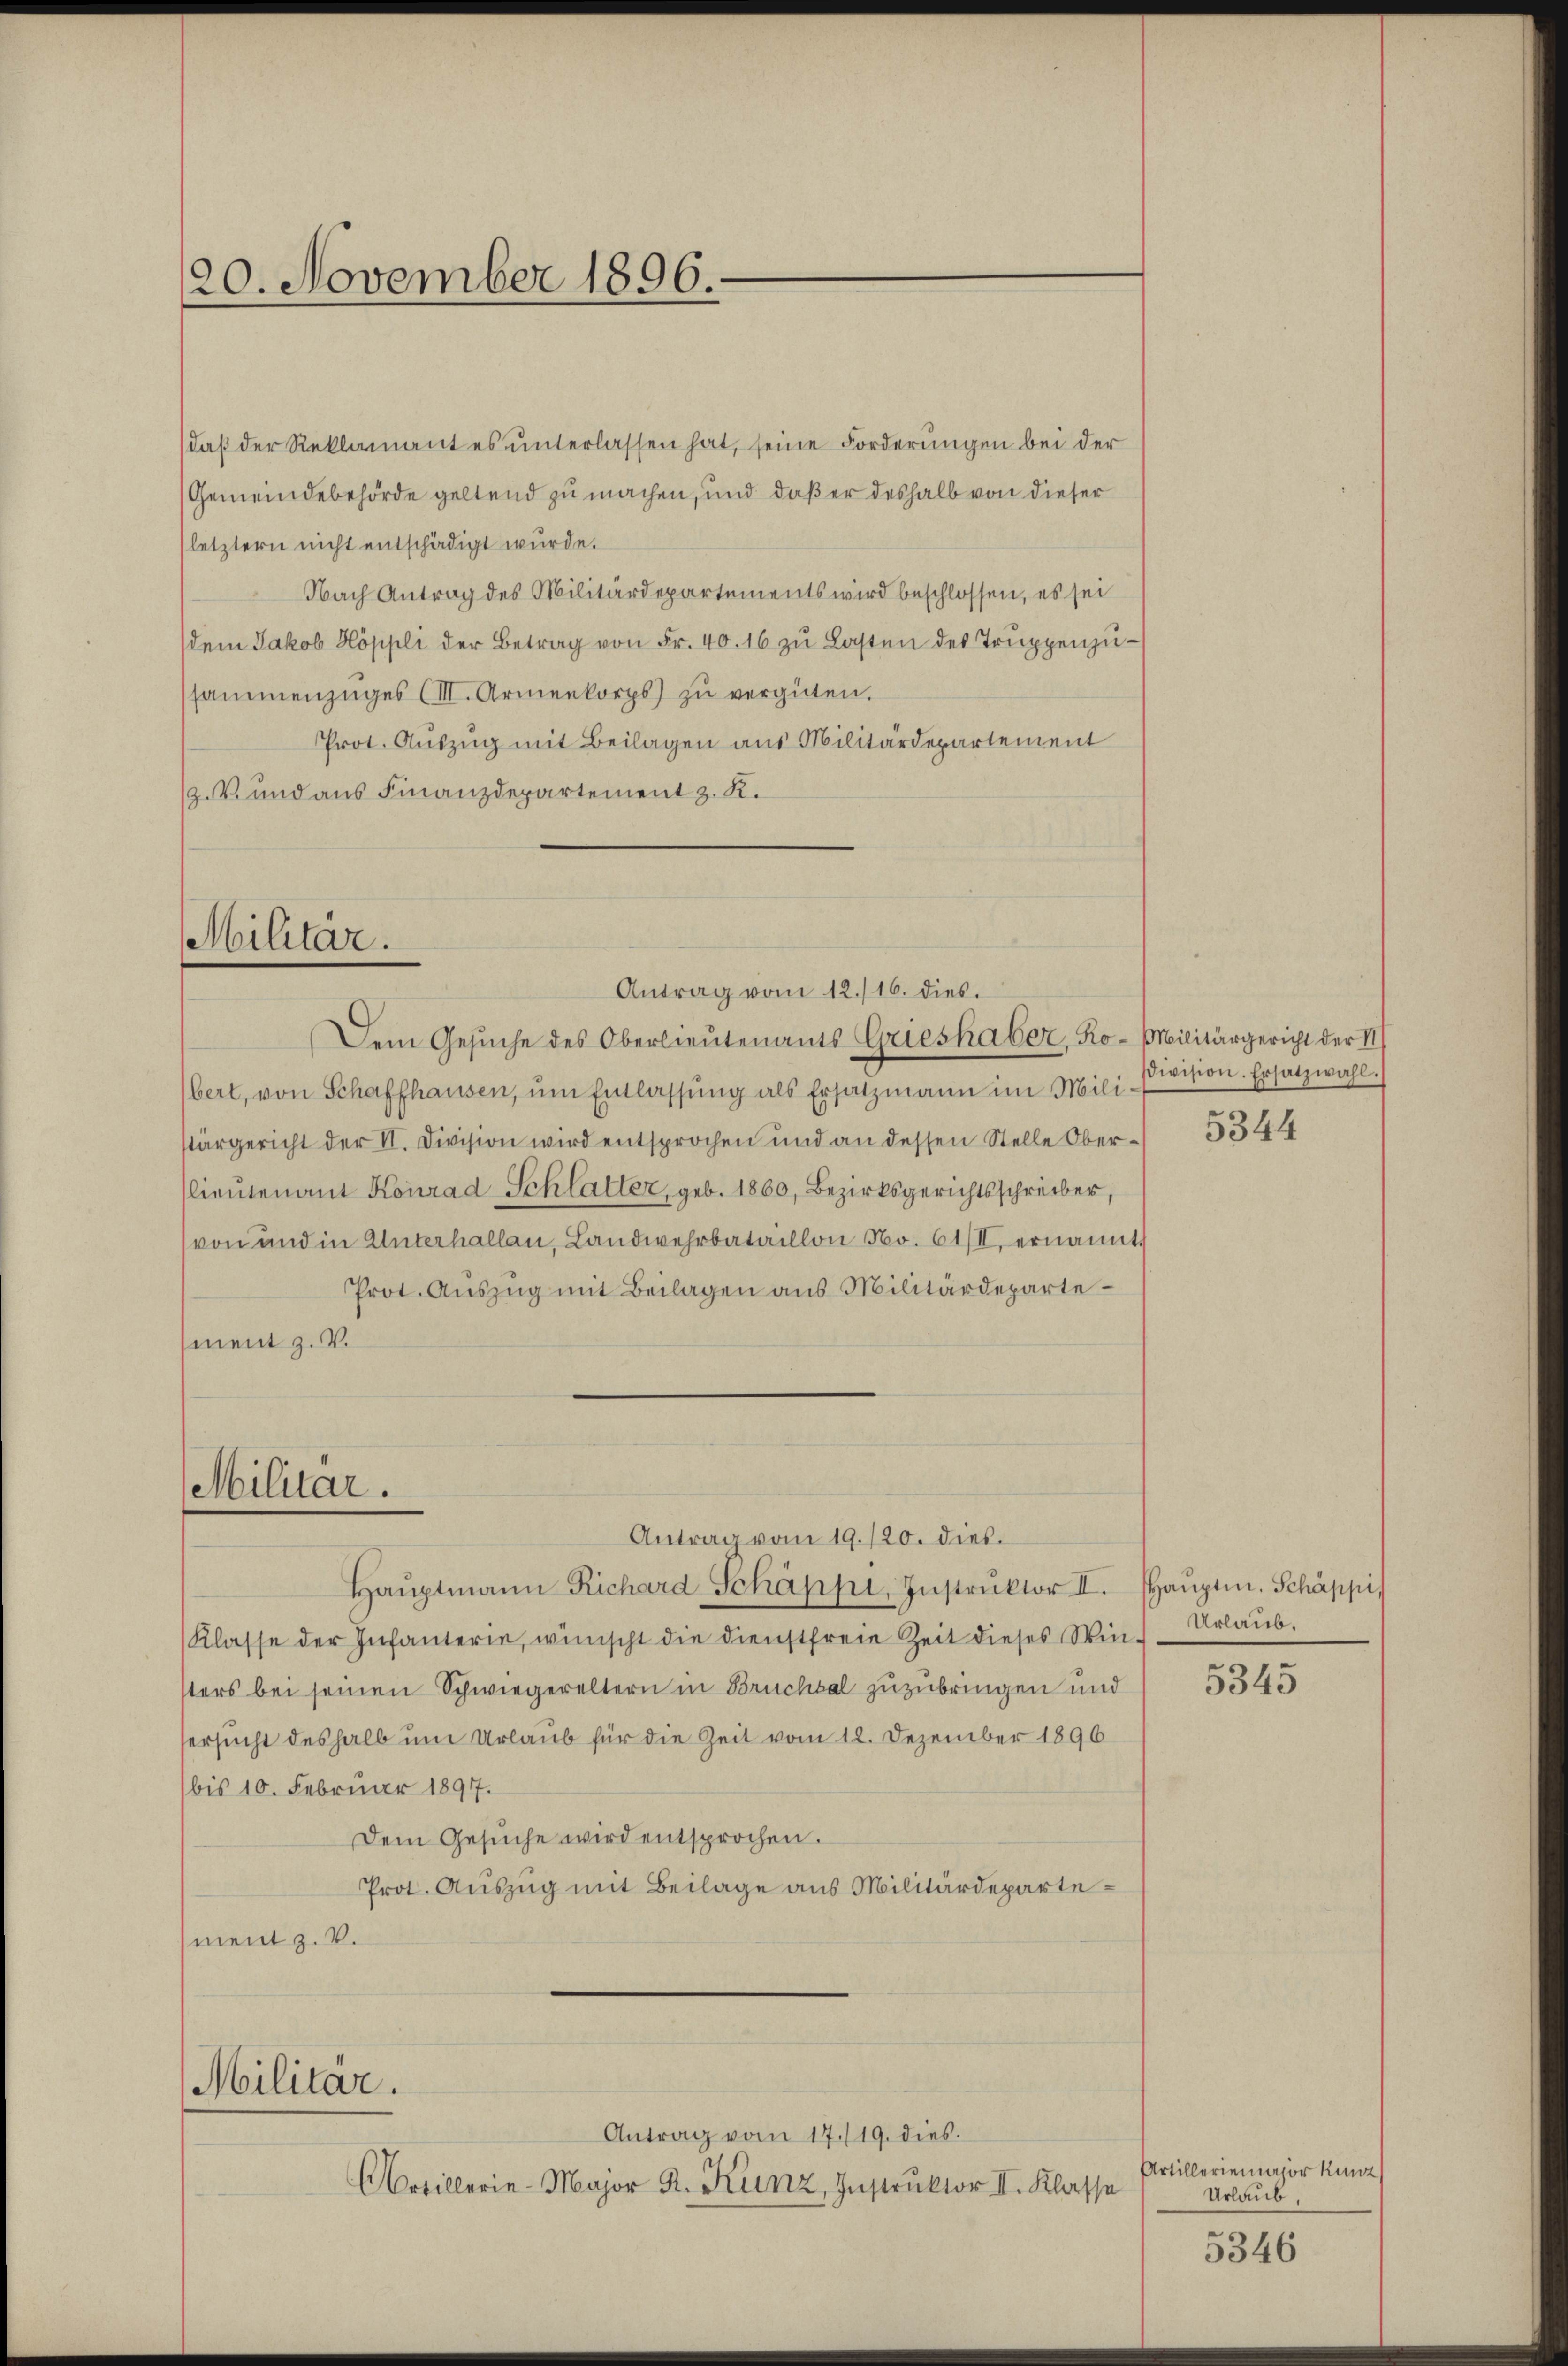
20. November 1896.

daβ der Reklamant es ŭnterlassen hat, seine Forderungen bei der
Gemeindebehörde geltend zu machen, und daß er deshalb von dieser
(letztern nicht entschädigt wurde.
Nach Antrag des Militärdepartements wird beschlossen, es sei
dem Jakob Köppli der Betrag von Fr. 40. 16 zŭ Lasten des Trŭppenzŭ-
sammenzuges (III. Armenkorps zŭ vergüten.
Prot. Auszug mit Beilagen aus Militärdepartement
.V. und aus Finanzdepartement z. K.

Militär.

Militar.

Militär.

Antrag vom 12./16. dies
Dem Gesŭche des Oberlieutenants Grieshaber, Ro-Militärgericht der II

bert, von Schaffhausen, um Entlassung als Ersatzmann im Milistärgericht der II. Division wird entsprochen und an dessen Stelle Ober¬
(lieutenant Konrad Schlatter, geb. 1860, Bezirksgerichtsschreiber,
von und in Unterhallen, Landwehrbataillon No. 61/II, ernannt
Prot. Auszug mit Beilagen aus Militärdepartement z. B.

Antrag vom 19./20. dies.
Haŭptmann Richard Schäppi, Instruktor II.
Klasse der Infanterie, wünscht die dienstfreie Zeit dieses Win-Urlaŭb.
sters bei seinen Schwiegereltern in Bruchhal zuzubringen und
ersucht deshalb um Urlaub für die Zeit vom 12. Dezember 1896
bis 10. Februar 1897.
Dem Gesŭche wird entsprochen.
Prot. Auszug mit Beilage aus Militärdepartement z. V.

Antrag vom 17./19. dies
Artillerie-Major R. Kunz, Instruktor II. Klasse

division. Ersatzwahl.

5344

Hauptm. Schäppi,

5345

Artilleriemajor Kunz
Urlaub.
5346